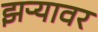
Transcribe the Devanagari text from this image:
झऱ्यावर